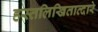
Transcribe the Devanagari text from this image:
हस्तलिखिताव्दारे